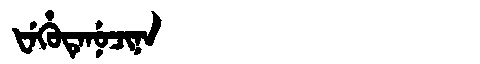
Manchu: ᡶᡝᡥᡠᡨᡝᠨᡠᠴᡳᠨᠠ
Romanization: FEHUTENUCINA